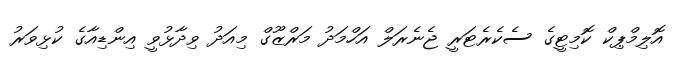
އޮލިމްޕިކް ކޮމިޓީގެ ސެކެރެޓަރީ ޖެނެރަލް އަހްމަދު މަރްޒޫގް މިއަދު ވިދާޅުވީ އިންޑިއާގެ ކުޅިވަރު